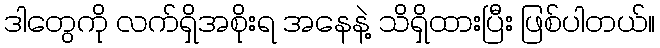
ဒါတွေကို လက်ရှိအစိုးရ အနေနဲ့ သိရှိထားပြီး ဖြစ်ပါတယ်။